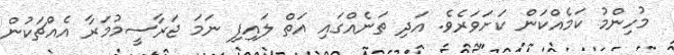
މުހިންމު ކަމެއްކަން ކަށަވަރެވެ. އަދި ތަނެއްގައި އަތް ލައިފި ނަމަ ޖަރާސީމުމަރާ އެއްޗަކުން